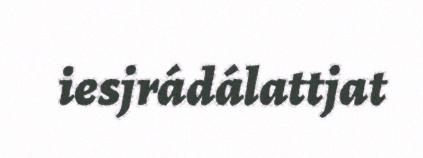
iesjrádálattjat